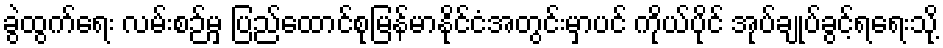
ခွဲထွက်ရေး လမ်းစဉ်မှ ပြည်ထောင်စုမြန်မာနိုင်ငံအတွင်းမှာပင် ကိုယ်ပိုင် အုပ်ချုပ်ခွင့်ရရေးသို့